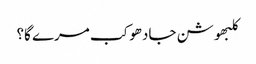
کلبھوشن جادھو کب مرے گا؟